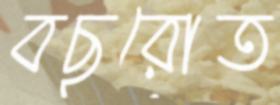
বছরোত